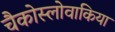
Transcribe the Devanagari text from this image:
चैकोस्लोवाकिया